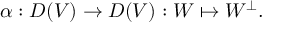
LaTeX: \alpha : D ( V ) \rightarrow D ( V ) : W \mapsto W ^ { \perp } .